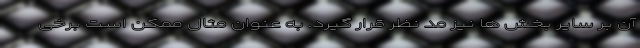
آن بر سایر بخش ها نیز مد نظر قرار گیرد. به عنوان مثال ممکن است برخی